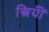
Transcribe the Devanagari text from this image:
स्त्रियॉँ